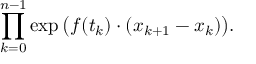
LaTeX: \prod _ { k = 0 } ^ { n - 1 } \exp { \big ( } f ( t _ { k } ) \cdot ( x _ { k + 1 } - x _ { k } ) { \big ) } .